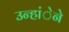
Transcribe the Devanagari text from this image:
उन्हांेने